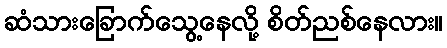
ဆံသားခြောက်သွေ့နေလို့ စိတ်ညစ်နေလား။